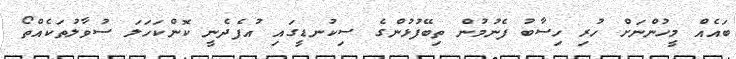
ބައެއް މީހުންނަށް ހުރި ހިސާބު ފެނުމުން ތިބޭފުޅުންގެ ސިކުނޑީގައި އުފެދެނީ ކޮންކަހަލަ ސުވާލުތަކެއްތޯ